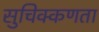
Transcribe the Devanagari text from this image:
सुचिक्कणता